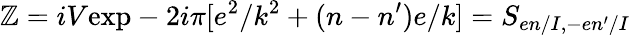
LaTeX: {\cal\mathbb{Z}}=iV\mathrm{{exp}}-2i\pi[e^{2}/k^{2}+(n-n^{\prime})e/k]=S_{en/I,-en^{\prime}/I}